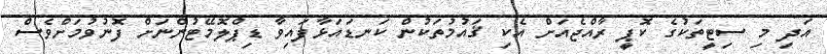
އަދި މި ސިޓީތަކުގެ ކޮޕީ ރާއްޖެއަށް އެކި ޤައުމުތަކުން ކަނޑައަޅާފައިވާ ޑިޕްލޮމޭޓުންނަށް ފޮނުވުމަށްވެސް